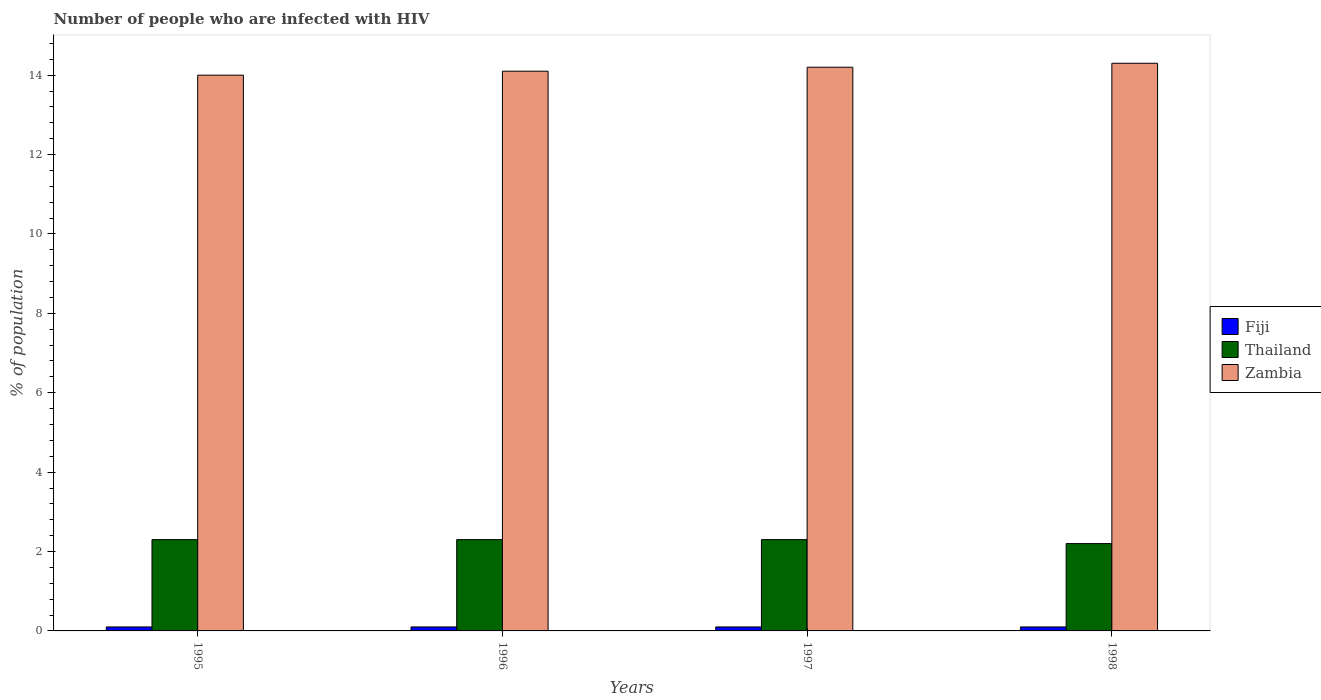
| Years | Fiji | Thailand | Zambia |
 | --- | --- | --- | --- |
 | 1995 | 0.1 | 2.3 | 14 |
 | 1996 | 0.1 | 2.3 | 14.1 |
 | 1997 | 0.1 | 2.3 | 14.2 |
 | 1998 | 0.1 | 2.2 | 14.3 |